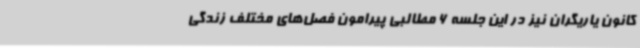
کانون یاریگران نیز در این جلسه 6 مطالبی پیرامون فصل‌های مختلف زندگی